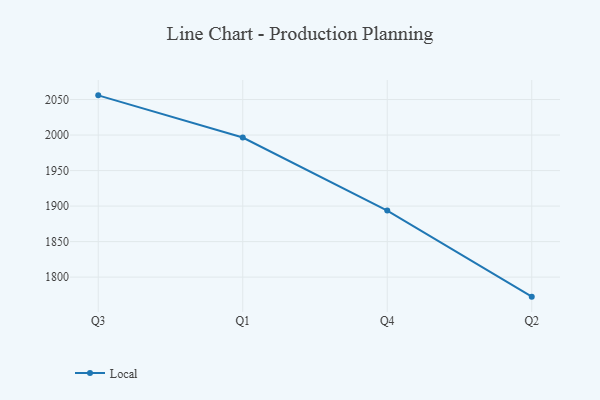
{"axis": {"x": "Quarter", "y": "Website Visitors"}, "legend": ["Local"], "data": [{"x": "Q3", "y": 2055.9, "type": "Local"}, {"x": "Q1", "y": 1996.5, "type": "Local"}, {"x": "Q4", "y": 1893.7, "type": "Local"}, {"x": "Q2", "y": 1772.5, "type": "Local"}]}